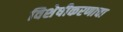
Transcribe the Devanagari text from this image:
विशेषीकरणाचा